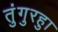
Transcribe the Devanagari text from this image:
तुंगुरहुा